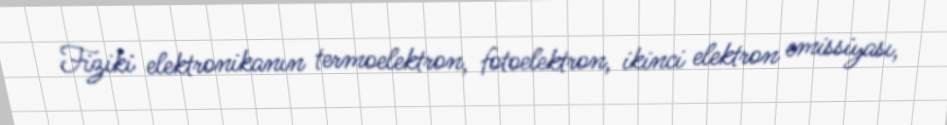
Fiziki elektronikanın termoelektron, fotoelektron, ikinci elektron emissiyası,